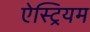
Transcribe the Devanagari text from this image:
ऐस्ट्रियम